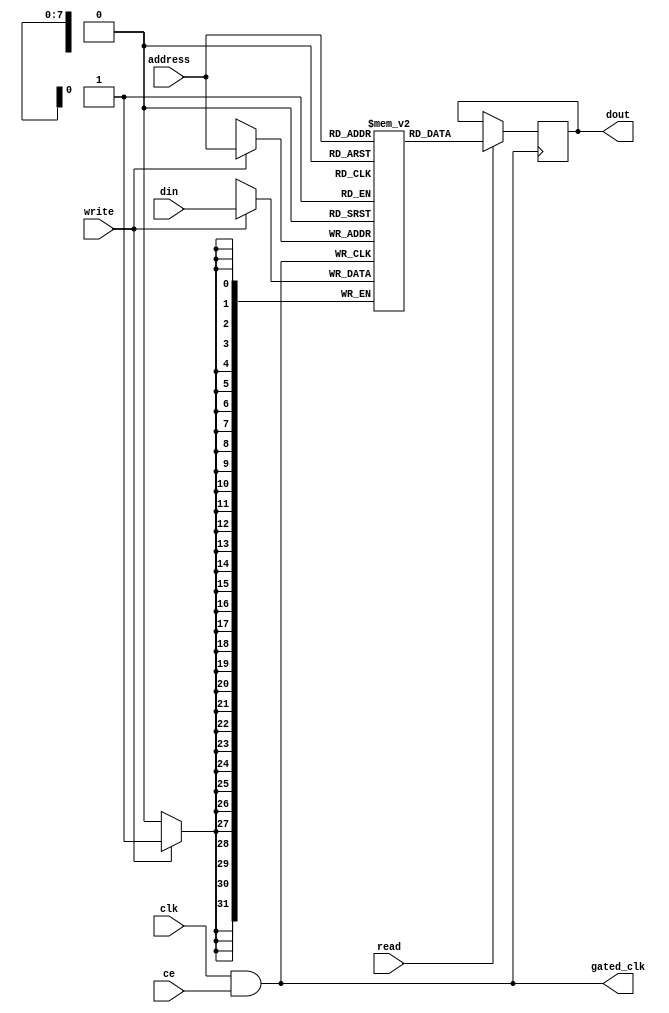
module conditional_clock_gating (
    input wire clk,                  // Main clock signal
    input wire ce,                   // Clock enable signal
    input wire [N-1:0] address,      // Memory address (N bits)
    input wire read,                 // Read request
    input wire write,                // Write request
    input wire [DATA_WIDTH-1:0] din, // Data input for write
    output reg [DATA_WIDTH-1:0] dout, // Data output for read
    output wire gated_clk            // Gated clock output
);

parameter N = 8;                     // Address width
parameter DATA_WIDTH = 32;          // Data width

// Memory block declaration
reg [DATA_WIDTH-1:0] memory [(2**N)-1:0]; // Memory array

// Gating logic: AND gate for clock gating
assign gated_clk = clk & ce;

// Memory operation based on gated clock
always @(posedge gated_clk) begin
    if (write) begin
        memory[address] <= din;      // Write operation
    end
    if (read) begin
        dout <= memory[address];      // Read operation
    end
end

endmodule